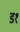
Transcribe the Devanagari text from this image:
ड१